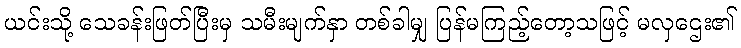
ယင်းသို့ သေခန်းဖြတ်ပြီးမှ သမီးမျက်နှာ တစ်ခါမျှ ပြန်မကြည့်တော့သဖြင့် မလှဌေး၏